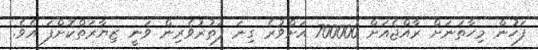
ފަހުން މިހާތަނަށް ރާއްޖެއަށް 700000 އަށްވުރެ ގިނަ ފަތުރުވެރިން ވަނީ ޒިޔާރަތްކޮށްފަ އެވެ.